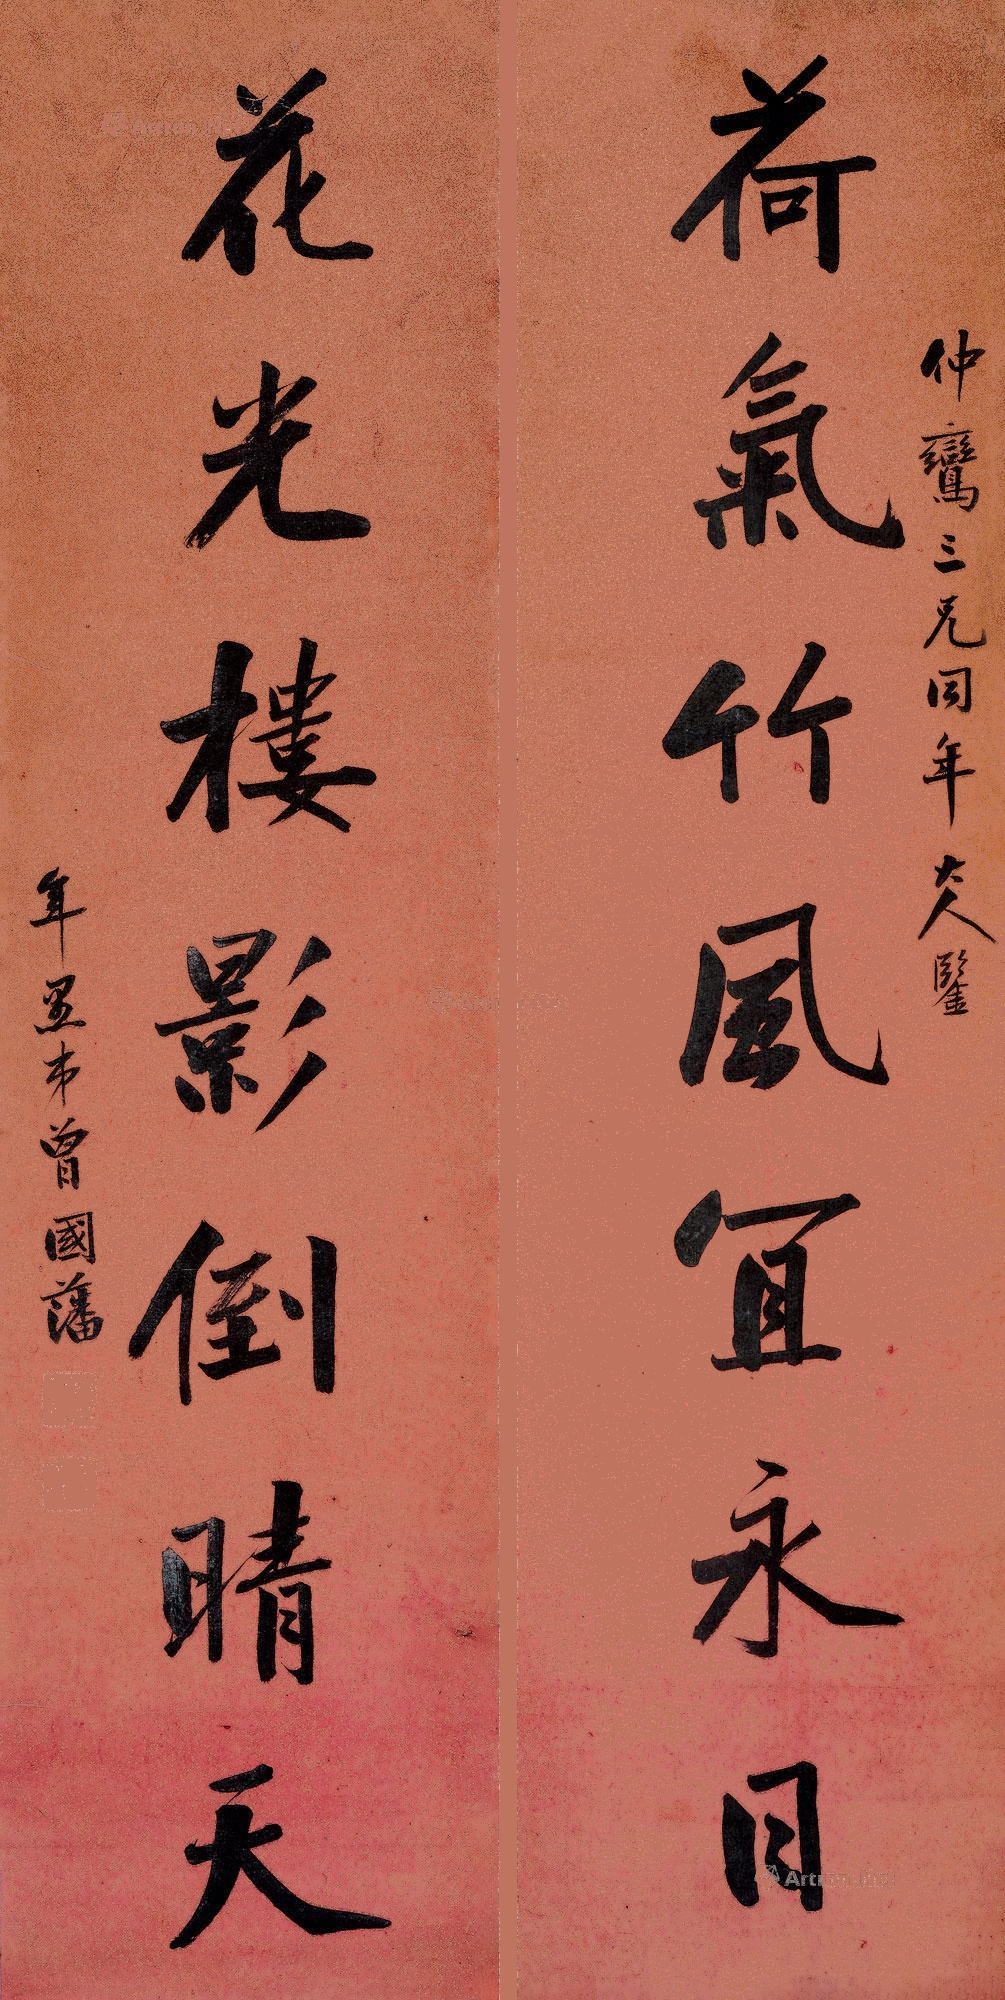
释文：荷气竹风宜永日，花光楼影倒晴天。仲鸾三兄同年大人鉴。年愚弟曾国藩。